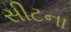
સીટના